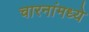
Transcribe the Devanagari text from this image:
चारनांमध्ये